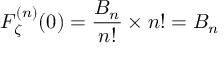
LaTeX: F _ { \zeta } ^ { ( n ) } ( 0 ) = { \frac { B _ { n } } { n ! } } \times n ! = B _ { n }